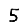
Digit: 5